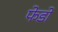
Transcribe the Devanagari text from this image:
फेडो